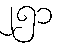
၂၅၁